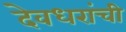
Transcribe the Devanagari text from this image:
देवधरांची